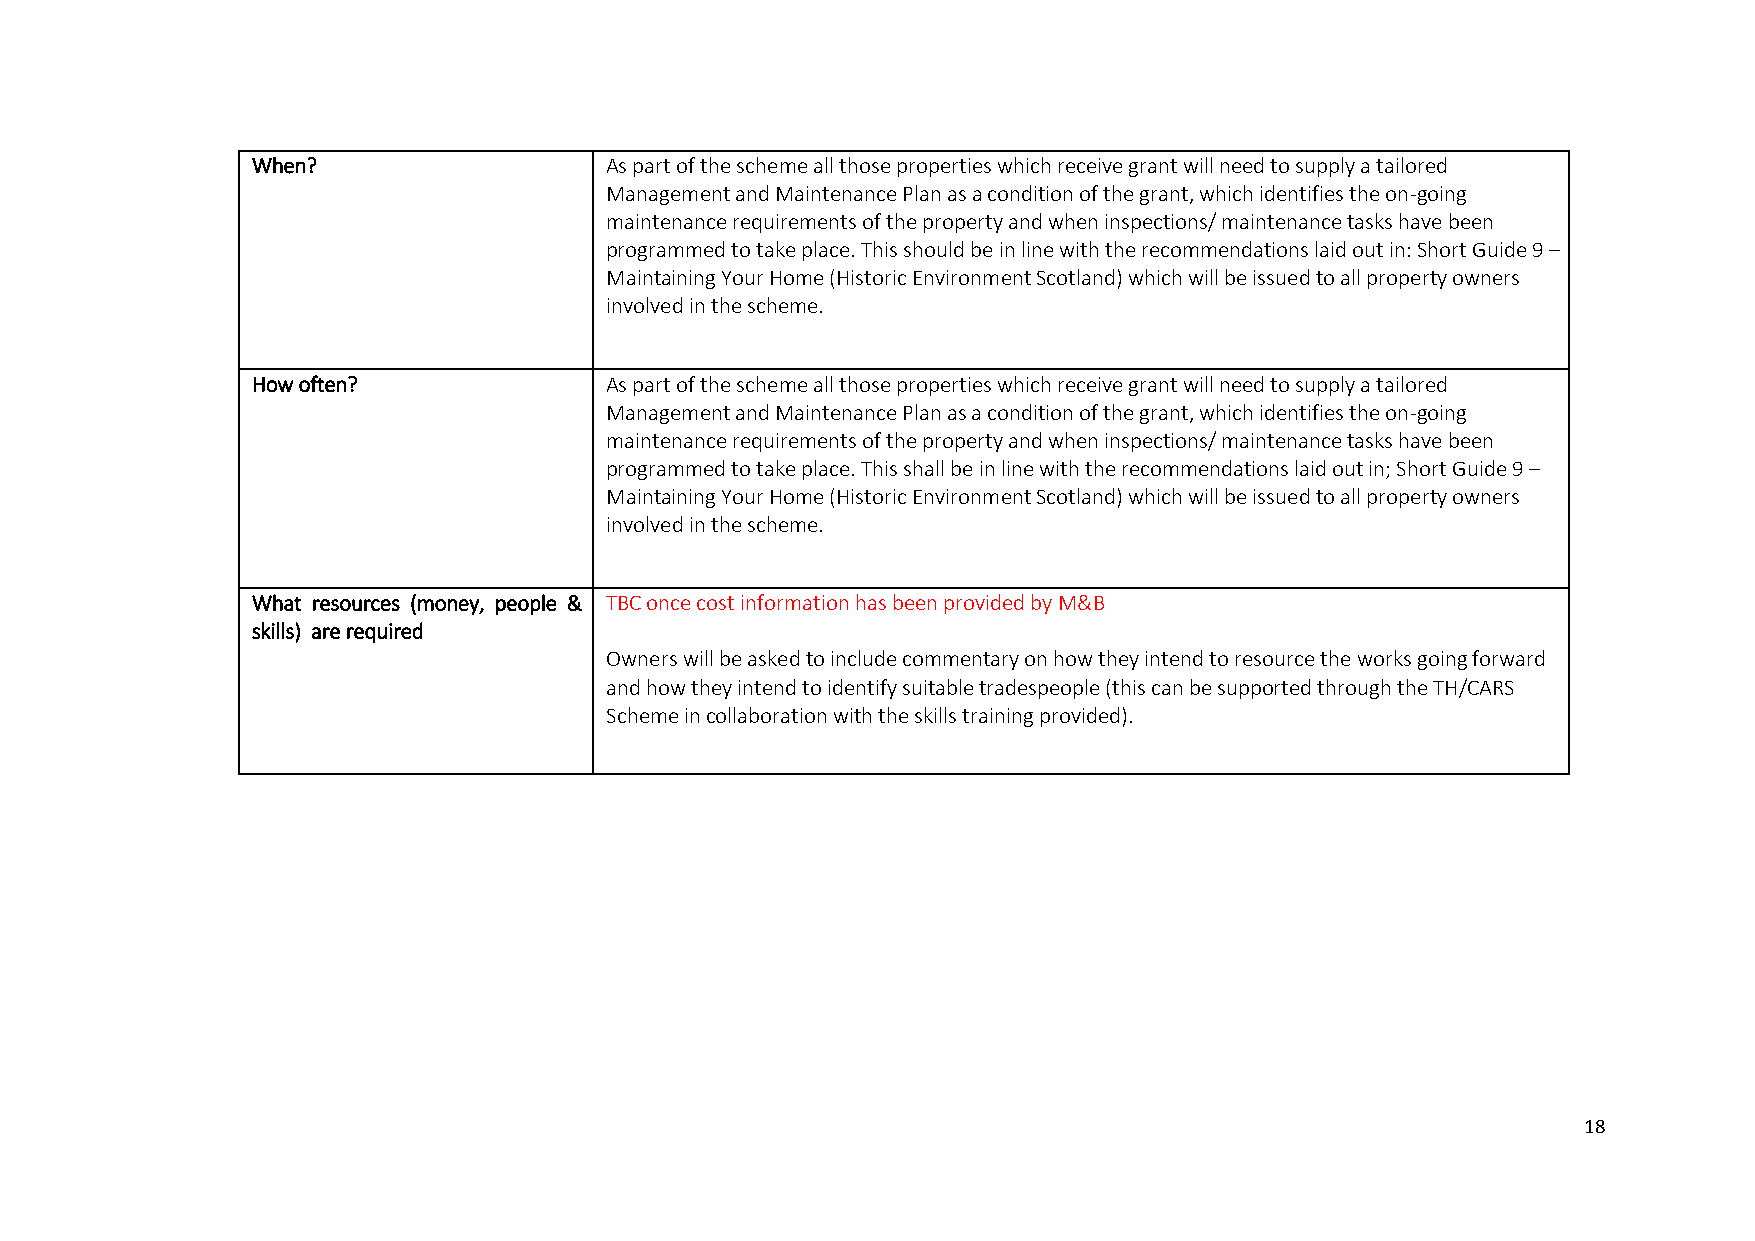
When?                  As part of the scheme all those properties which receive grant will need to supply a tailored
 Management and Maintenance Plan as a condition of the grant, which identifies the on-going
 maintenance requirements of the property and when inspections/ maintenance tasks have been
 programmed to take place. This should be in line with the recommendations laid out in: Short Guide 9 –
 Maintaining Your Home (Historic Environment Scotland) which will be issued to all property owners
 involved in the scheme.
 How often?             As part of the scheme all those properties which receive grant will need to supply a tailored
 Management and Maintenance Plan as a condition of the grant, which identifies the on-going
 maintenance requirements of the property and when inspections/ maintenance tasks have been
 programmed to take place. This shall be in line with the recommendations laid out in; Short Guide 9 –
 Maintaining Your Home (Historic Environment Scotland) which will be issued to all property owners
 involved in the scheme.
 What resources (money, people & TBC once cost information has been provided by M&B
 skills) are required
 Owners will be asked to include commentary on how they intend to resource the works going forward
 and how they intend to identify suitable tradespeople (this can be supported through the TH/CARS
 Scheme in collaboration with the skills training provided).
 18